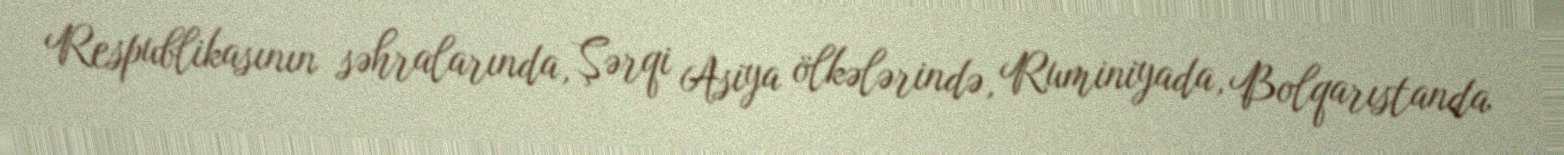
Respublikasının səhralarında, Şərqi Asiya ölkələrində, Ruminiyada, Bolqarıstanda